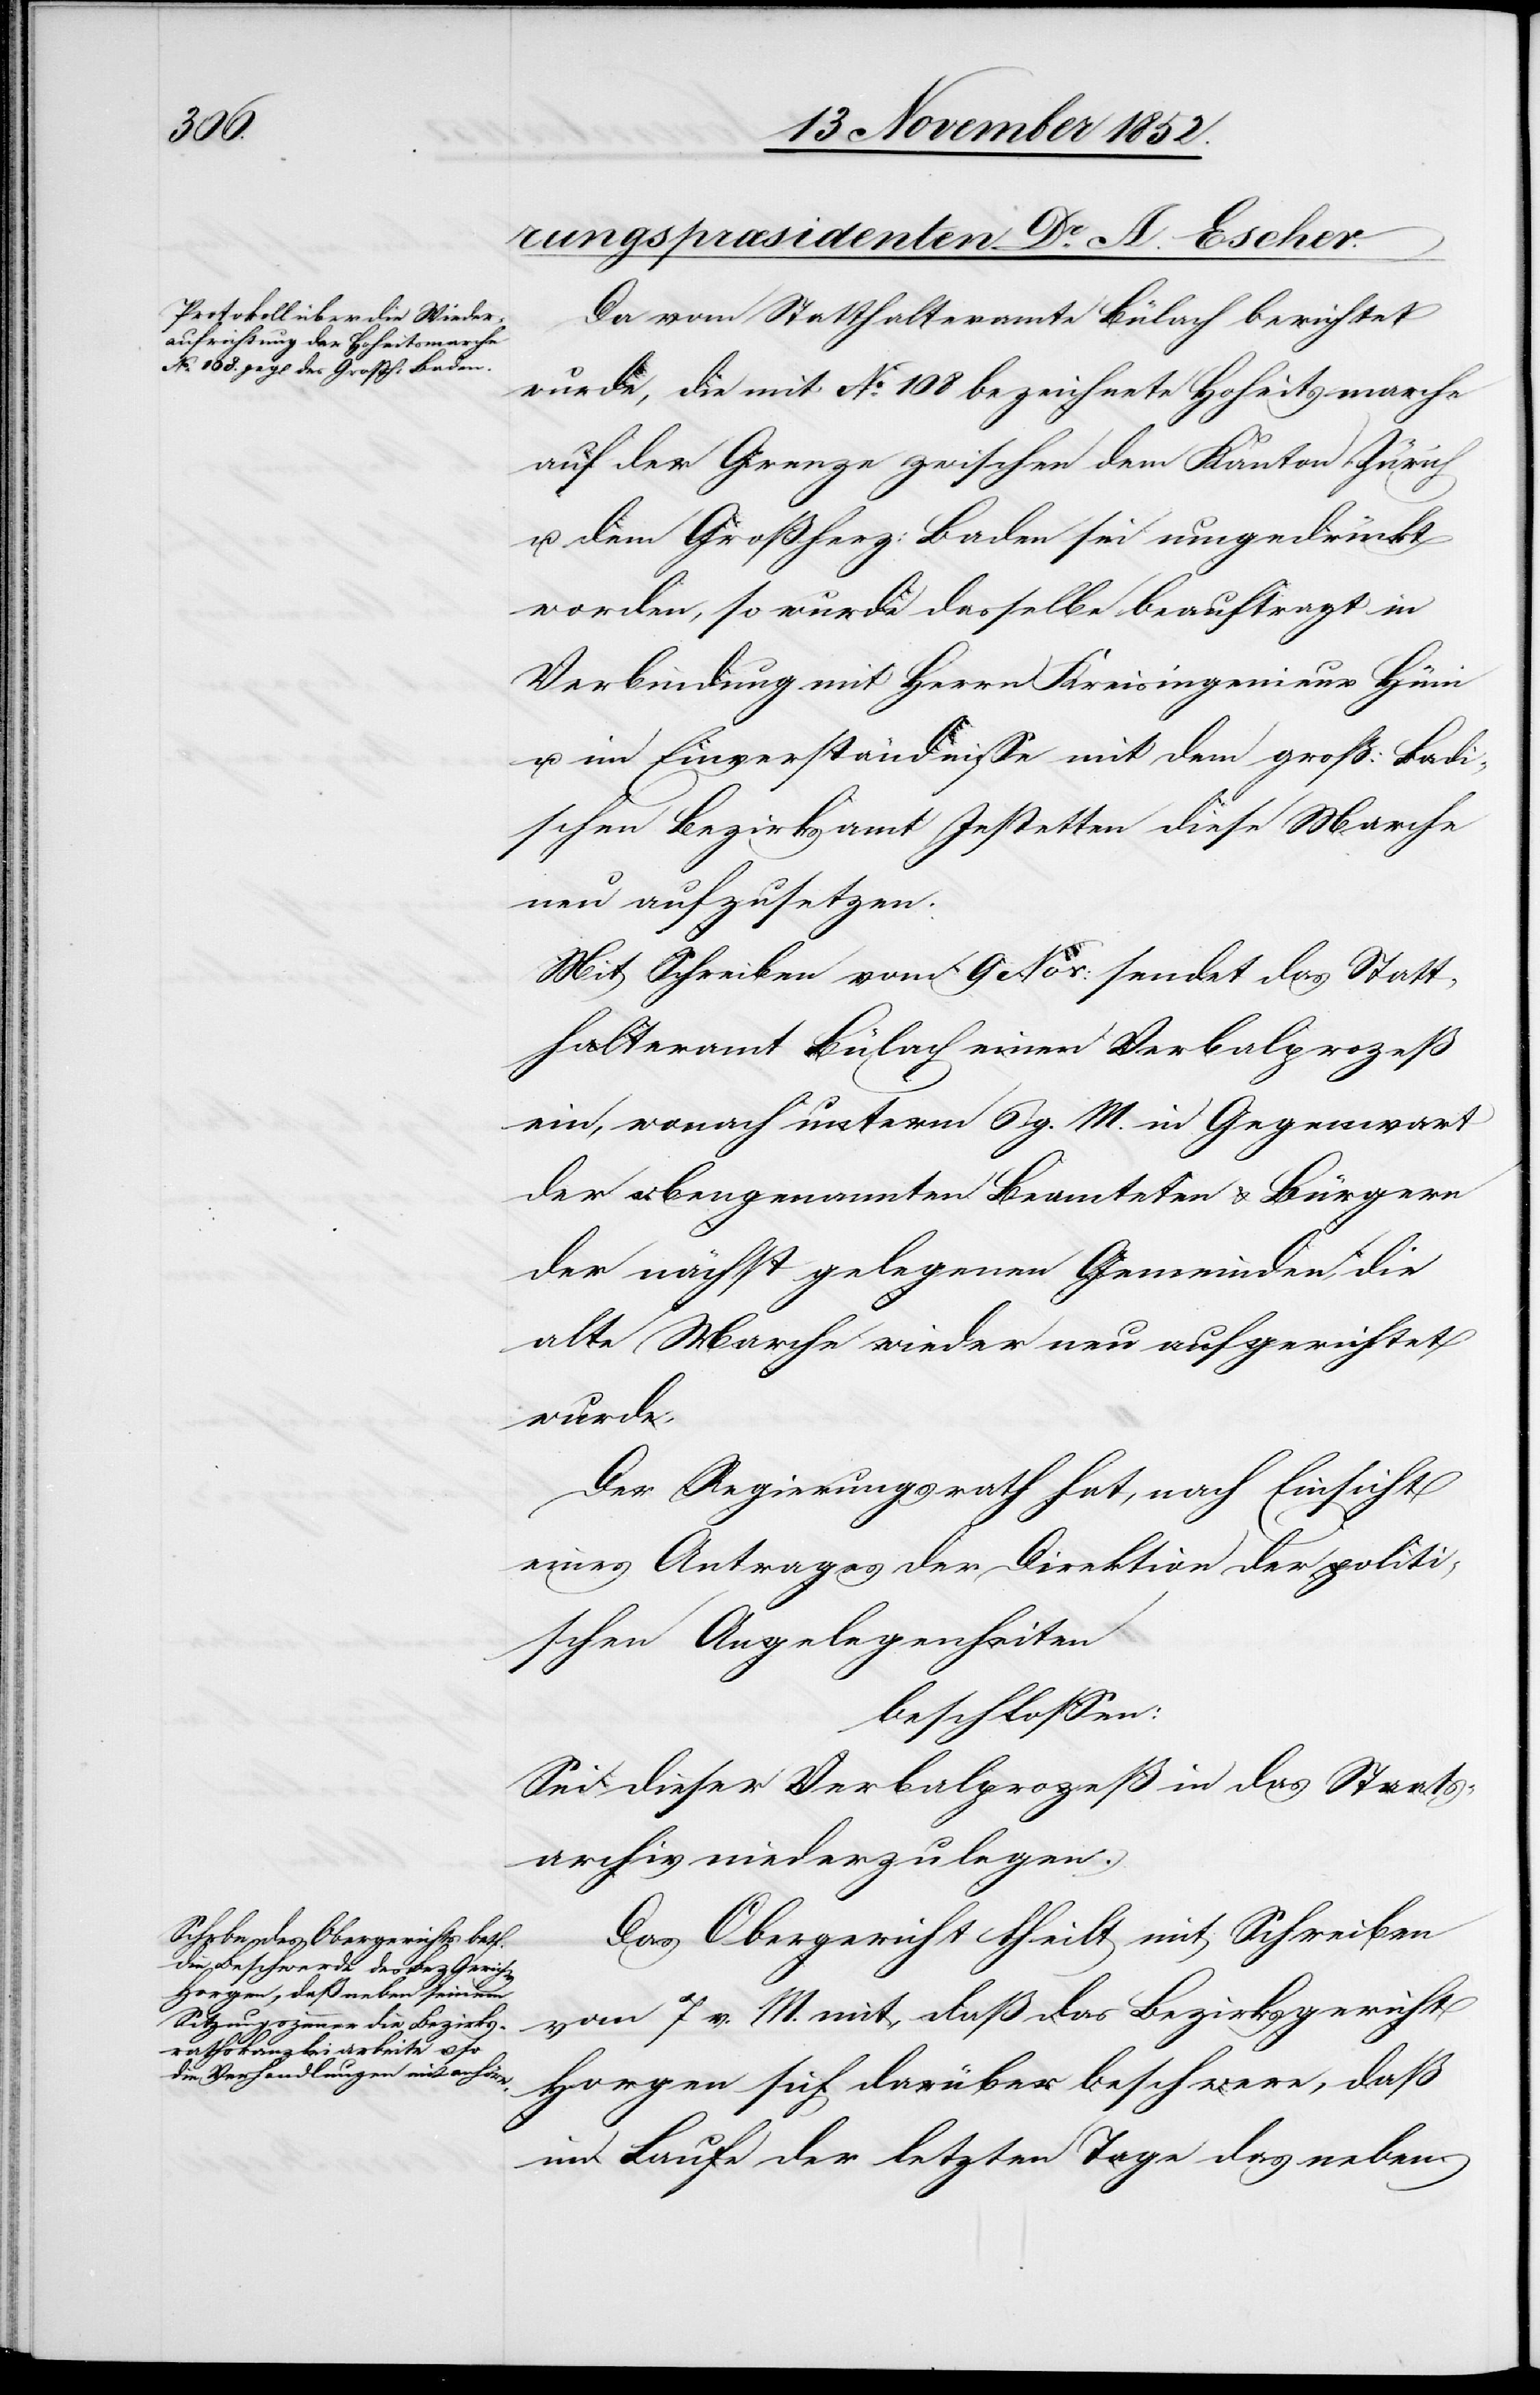
Da vom Statthalteramte Bülach berichtet
wurde, die mit No. 108 bezeichnete Hoheitsmarche
auf der Grenze zwischen dem Kanton Zürich
u. dem Großherz: Baden sei umgedrückt
worden, so wurde dasselbe beauftragt in
Verbindung mit Herrn Kreisingenieur Hüni
u. im Einverständnisse mit dem groß: Badi¬
schen Bezirksamt Jestetten diese Marche
neu aufzusetzen.
Mit Schreiben vom 9 Nov: sendet das Statt¬
halteramt Bülach einen Verbalprozeß
ein, wonach unterm 6 g[l]. M. in Gegenwart
der obengenannten Beamteten & Bürgern
der nächst gelegenen Gemeinden, die
alte Marche wieder neu aufgerichtet
wurde.
Der Regierungsrath hat, nach Einsicht
eines Antrages der Direktion der politi¬
schen Angelegenheiten
beschlossen:
Sei dieser Verbalprozeß in das Staats¬
archiv niederzulegen.
Das Obergericht theilt mit Schreiben
vom 7 v. M. mit, daß das Bezirksgericht
Horgen sich darüber beschwere, daß
im Laufe der letzten Tage das neben